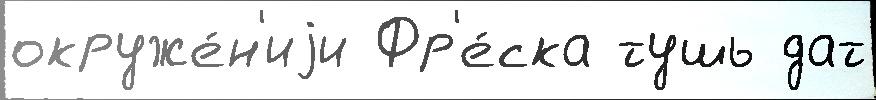
окруже́н'иjи Фр'е́ска тушь дат